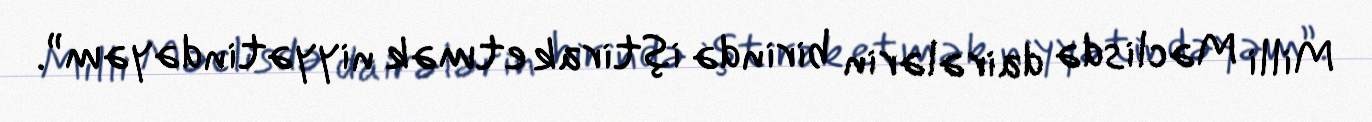
Milli Məclisdə dairələrin birində iştirak etmək niyyətindəyəm”.